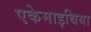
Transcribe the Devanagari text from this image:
एकेमाइथिया